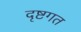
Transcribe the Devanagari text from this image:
दृष्टगत